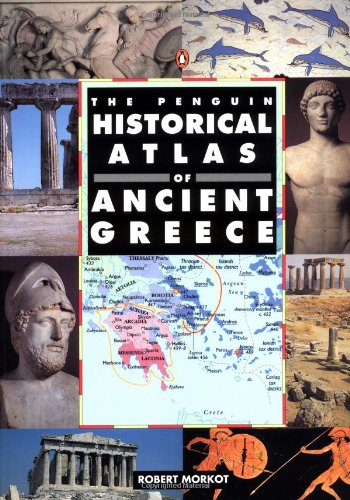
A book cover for The Penguin Historical Atlas of Ancient Greece; Robert Morkot; History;